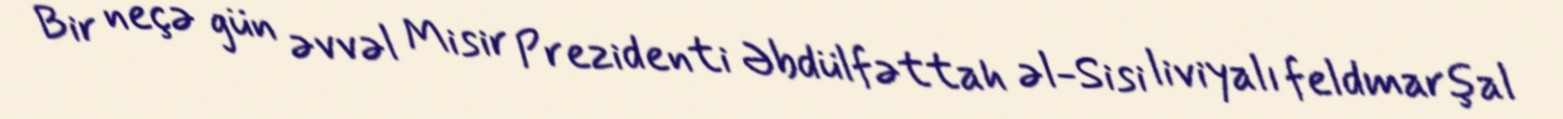
Bir neçə gün əvvəl Misir Prezidenti Əbdülfəttah əl-Sisi liviyalı feldmarşal